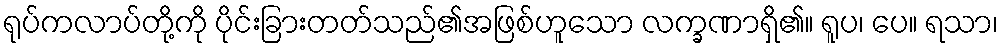
ရုပ်ကလာပ်တို့ကို ပိုင်းခြားတတ်သည်၏အဖြစ်ဟူသော လက္ခဏာရှိ၏။ ရူပ၊ ပေ။ ရသာ၊